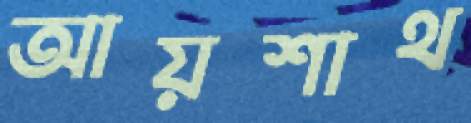
আয়শাথ